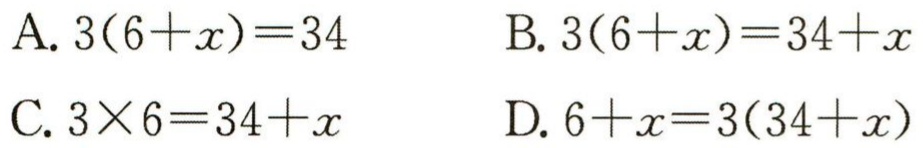
A. \(3(6 + x)=34\)

B. \(3(6 + x)=34 + x\)

C. \(3\times6=34 + x\)

D. \(6 + x=3(34 + x)\)